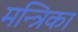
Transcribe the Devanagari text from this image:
मन्त्रिका